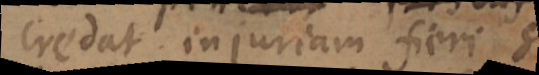
credat injuriam fieri si